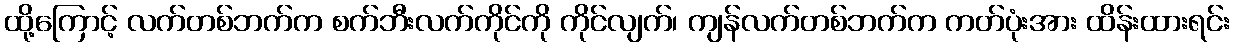
ထို့ကြောင့် လက်တစ်ဘက်က စက်ဘီးလက်ကိုင်ကို ကိုင်လျက်၊ ကျန်လက်တစ်ဘက်က ကတ်ပုံးအား ထိန်းထားရင်း